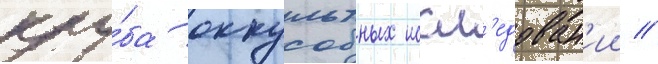
клу́ба оккультных иссл'едован'ии //